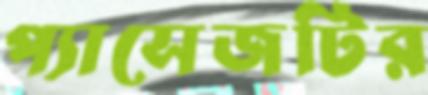
প্যাসেজটির